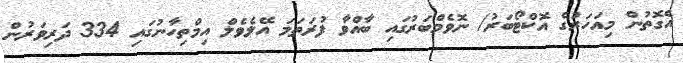
އެގޮތުން މިއަހަރުގެ އޮކްޓޯބަރު/ ނޮވެމްބަރުގައި ބާއްވާ ފުރަތަމަ އޭލެވެލް އިމްތިހާނުގައި 334 ދަރިވަރުން